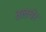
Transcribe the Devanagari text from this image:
तलचेर